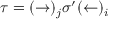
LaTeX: \tau = ( \rightarrow ) _ { j } \sigma ^ { \prime } ( \leftarrow ) _ { i }